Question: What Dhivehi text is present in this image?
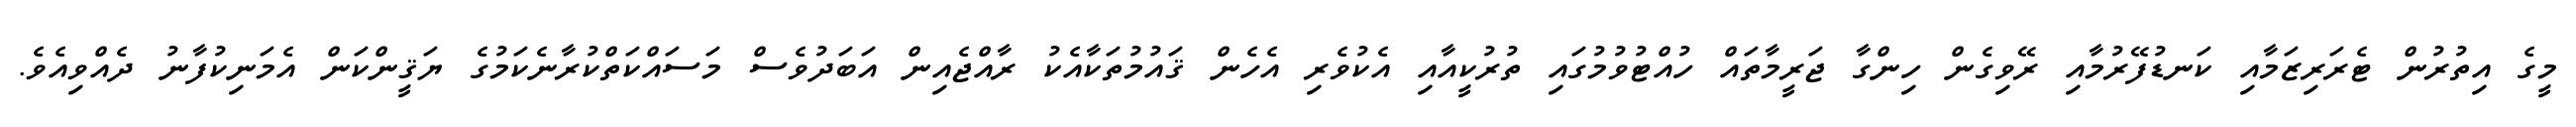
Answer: މީގެ އިތުރުން ޓެރަރިޒަމާއި ކަނޑުފޭރުމާއި ރޭވިގެން ހިންގާ ޖަރީމާތައް ހުއްޓުވުމުގައި ތުރުކީއާއި އެކުވެރި އެހެން ޤައުމުތަކާއެކު ރާއްޖެއިން އަބަދުވެސް މަސައްކަތްކުރާނެކަމުގެ ޔަޤީންކަން އެމަނިކުފާނު ދެއްވިއެވެ.